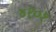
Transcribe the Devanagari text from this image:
४१०१